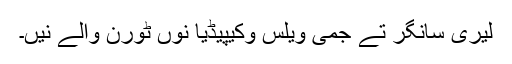
لیری سانگر تے جمی ویلس وکیپیڈیا نوں ٹورن والے نیں۔